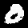
Label: 0